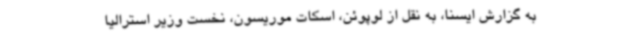
به گزارش ایسنا، به نقل از لوپوئن، اسکات موریسون، نخست وزیر استرالیا